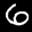
Label: 6